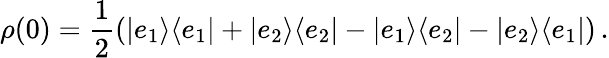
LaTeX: \rho(0)=\frac{1}{2}\left(|e_{1}\rangle\langle e_{1}|+|e_{2}\rangle\langle e_{2}|-|e_{1}\rangle\langle e_{2}|-|e_{2}\rangle\langle e_{1}|\right)\, .